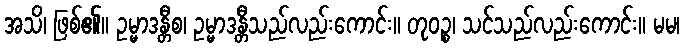
အသိ၊ ဖြစ်၏။ ဥမ္မာဒန္တီစ၊ ဥမ္မာဒန္တီသည်လည်းကောင်း။ တုဝဉ္စ၊ သင်သည်လည်းကောင်း။ မမ၊